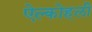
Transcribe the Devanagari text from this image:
ऐल्कोहली